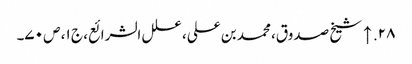
۲۸. ↑ شیخ صدوق، محمد بن علی، علل الشرائع، ج ۱، ص ۷۰۔